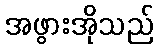
အဖွားအိုသည်